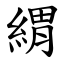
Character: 緭